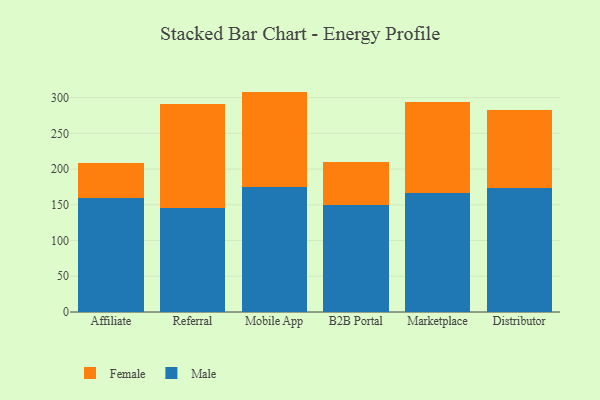
{"axis": {"x": "Channel", "y": "Energy Usage (MWh)"}, "legend": ["Female", "Male"], "data": [{"x": "Affiliate", "y": 160.1, "type": "Male"}, {"x": "Affiliate", "y": 48.3, "type": "Female"}, {"x": "Referral", "y": 145.6, "type": "Male"}, {"x": "Referral", "y": 145.9, "type": "Female"}, {"x": "Mobile App", "y": 174.8, "type": "Male"}, {"x": "Mobile App", "y": 133.6, "type": "Female"}, {"x": "B2B Portal", "y": 149.4, "type": "Male"}, {"x": "B2B Portal", "y": 60.5, "type": "Female"}, {"x": "Marketplace", "y": 166.1, "type": "Male"}, {"x": "Marketplace", "y": 127.5, "type": "Female"}, {"x": "Distributor", "y": 173.8, "type": "Male"}, {"x": "Distributor", "y": 109.1, "type": "Female"}]}